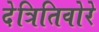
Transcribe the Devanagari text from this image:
देत्रितिवोरे